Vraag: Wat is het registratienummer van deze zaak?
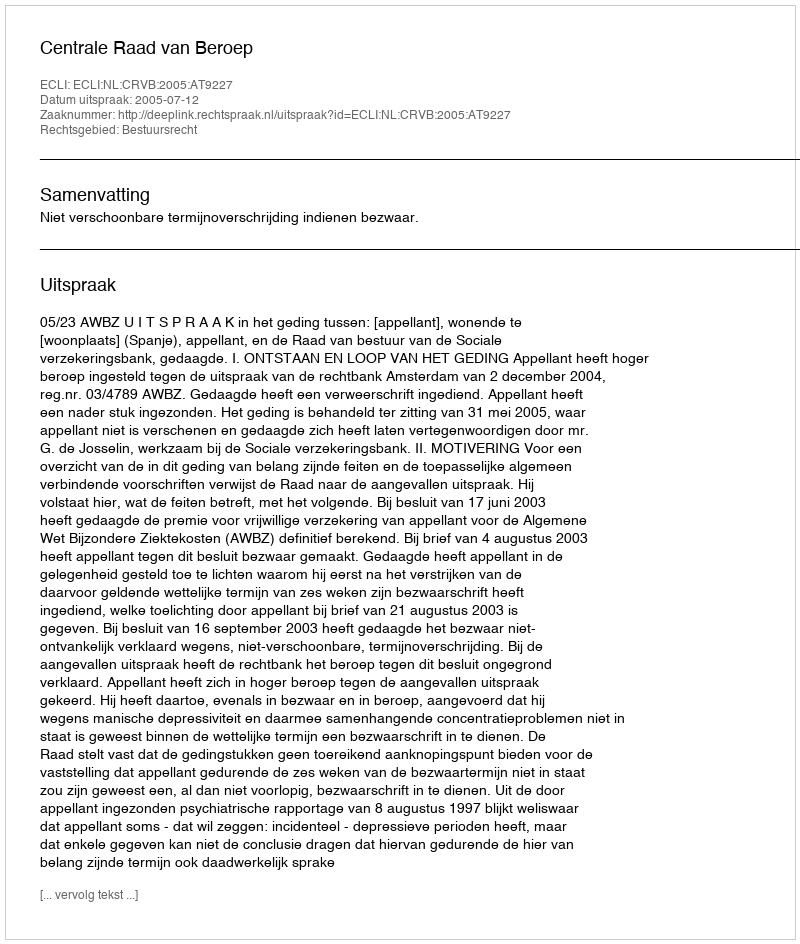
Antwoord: http://deeplink.rechtspraak.nl/uitspraak?id=ECLI:NL:CRVB:2005:AT9227